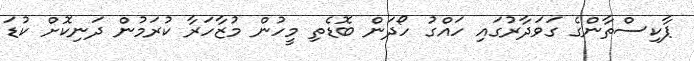
ޕާކިސްތާންގެ ގަވަދާރުގައި ހައްގު ހޯދަން ބޮޑެތި މީހުން މުޒާހަރާ ކުރަމުން ދަނިކޮށް ކުޑަ